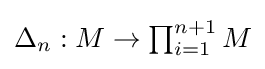
{\textstyle \Delta _{n}:M\to \prod _{i=1}^{n+1}M}